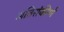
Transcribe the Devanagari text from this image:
अतिसंकीर्ण